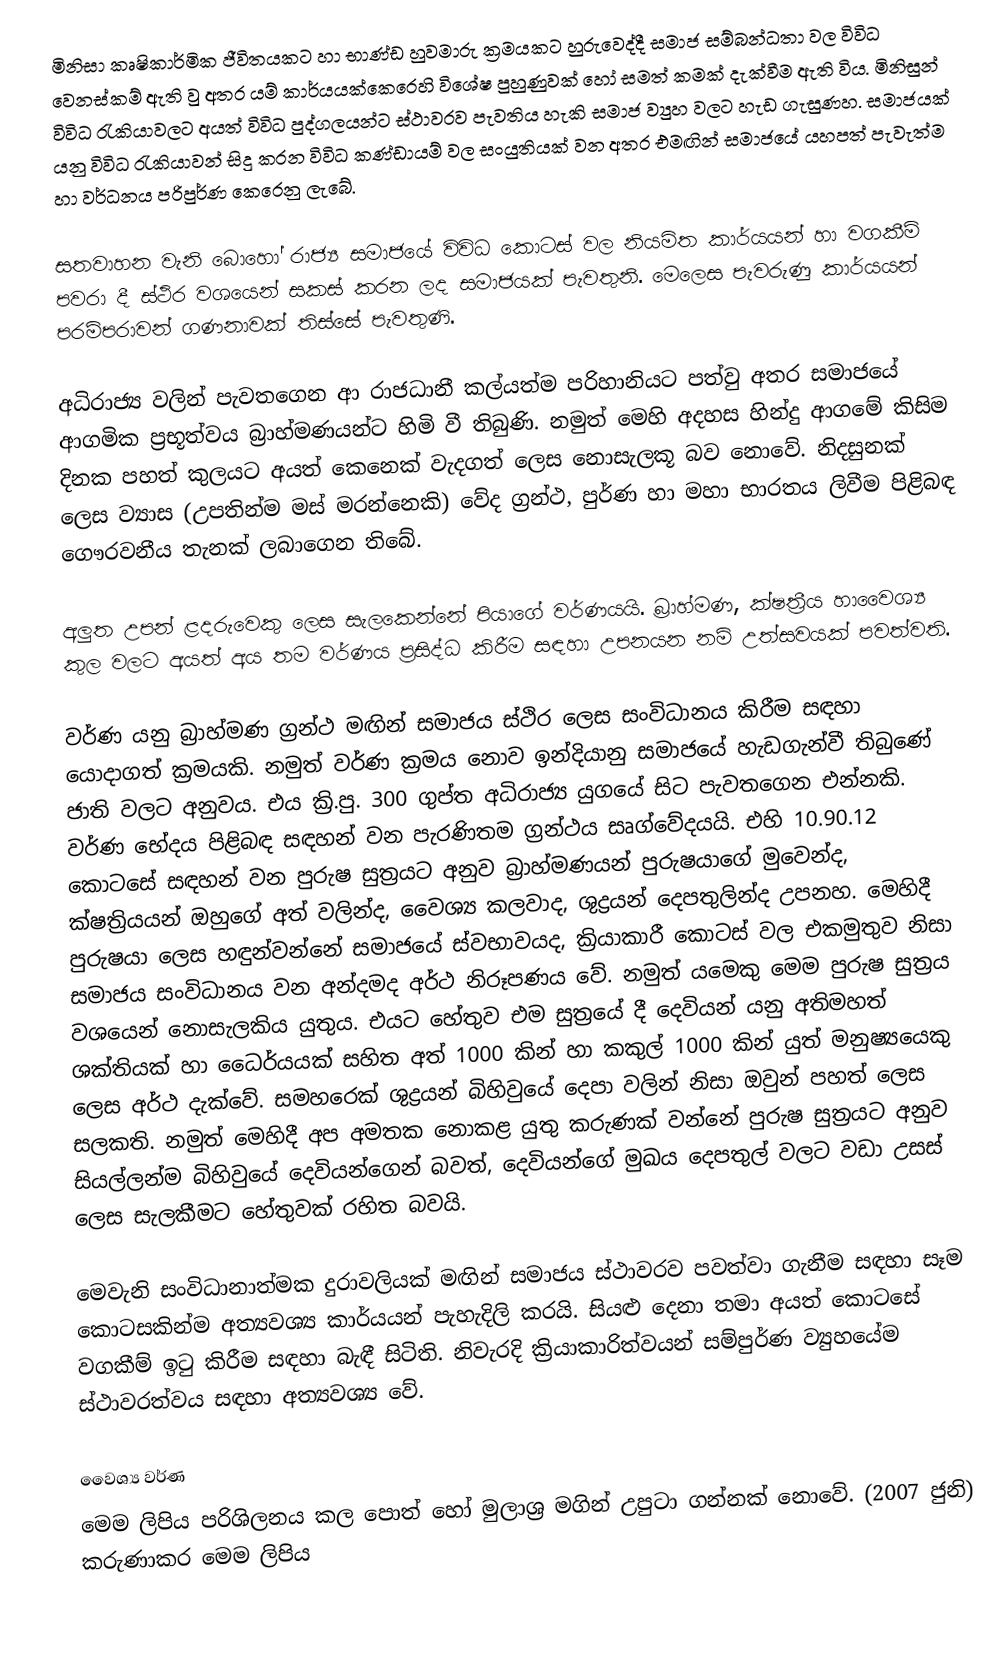
මිනිසා කෘෂිකාර්මික ජීවිතයකට හා භාණ්ඩ හුවමාරු ක්‍රමයකට හුරුවෙද්දී සමාජ සම්බන්ධතා වල විවිධ වෙනස්කම් ඇති වු අතර යම් කාර්යයක්‍කෙරෙහි විශේෂ පුහුණුවක් හෝ සමත් කමක් දැක්වීම ඇති විය. මිනිසුන් විවිධ රැකියාවලට අයත් විවිධ පුද්ගලයන්ට ස්ථාවරව පැවතිය හැකි සමාජ ව්‍යුහ වලට හැඩ ගැසුණහ. සමාජයක් යනු විවිධ රැකියාවන් සිදු කරන විවිධ කණ්ඩායම් වල සංයුතියක් වන අතර එමඟින් සමාජයේ යහපත් පැවැත්ම හා වර්ධනය පරිපුර්ණ කෙරෙනු ලැබේ.

සතවාහන වැනි බොහෝ රාජ්‍ය සමාජයේ විවිධ කොටස් වල නියමිත කාර්යයන් හා වගකීම් පවරා දී ස්ථිර වශයෙන් සකස් කරන ලද සමාජයක් පැවතුනි. මෙලෙස පැවරුණු කාර්යයන් පරම්පරාවන් ගණනාවක් තිස්සේ පැවතුණි.

අධිරාජ්‍ය වලින් පැවතගෙන ආ රාජධානී කල්යත්ම පරිහානියට පත්වු අතර සමාජයේ ආගමික ප්‍රභූත්වය බ්‍රාහ්මණයන්ට හිමි වී තිබුණි. නමුත් මෙහි අදහස හින්දු ආගමේ කිසිම දිනක පහත් කුලයට අයත් කෙනෙක් වැදගත් ලෙස නොසැලකූ බව නොවේ. නිදසුනක් ලෙස ව්‍යාස (උපතින්ම මස් මරන්නෙකි) වේද ග්‍රන්ථ, පුර්ණ හා මහා භාරතය ලිවීම පිළිබඳ ගෞරවනීය තැනක් ලබාගෙන තිබේ.

අලුත උපන් ළදරුවෙකු ලෙස සැලකෙන්නේ පියාගේ වර්ණයයි. බ්‍රාහ්මණ, ක්ෂත්‍රීය හා‍වෛශ්‍ය කුල වලට අයත් අය තම වර්ණය ප්‍රසිද්ධ කිරීම සඳහා උපනයන නම් උත්සවයක් පවත්වති.

වර්ණ යනු බ්‍රාහ්මණ ග්‍රන්ථ මඟින් සමාජය ස්ථිර ලෙස සංවිධානය කිරීම සඳහා යොදාගත් ක්‍රමයකි.  නමුත් වර්ණ ක්‍රමය නොව ඉන්දියානු සමාජයේ හැඩගැන්වී තිබුණේ ජාති වලට අනුවය. එය ක්‍රි.පු. 300 ගුප්ත අධිරාජ්‍ය යු‍ගයේ සිට පැවතගෙන එන්නකි. වර්ණ භේදය පිළිබඳ සඳහන් වන පැරණිතම ග්‍රන්ථය සෘග්වේදයයි. එහි 10.90.12 කොටසේ සඳහන් වන පුරුෂ සුත්‍රයට අනුව බ්‍රාහ්මණයන් පුරුෂයාගේ මුවෙන්ද, ක්ෂත්‍රියයන් ඔහුගේ අත් වලින්ද, වෛශ්‍ය කලවාද, ශුද්‍රයන් දෙපතුලින්ද උපනහ. මෙහිදී පුරුෂයා ලෙස හඳුන්වන්නේ සමාජයේ ස්වභාවයද, ක්‍රියාකාරී කොටස් වල එකමුතුව නිසා සමාජය සංවිධානය වන අන්දමද අර්ථ නිරූපණය වේ. නමුත් යමෙකු මෙම පුරුෂ සුත්‍රය වශයෙන් නොසැලකිය යුතුය. එයට හේතුව එම සුත්‍රයේ දී දෙවියන් යනු අතිමහත් ශක්තියක් හා ධෛර්යයක් සහිත අත් 1000 කින් හා කකුල් 1000 කින් යුත් මනුෂ්‍යයෙකු ලෙස අර්ථ දැක්වේ. සමහරෙක් ශුද්‍රයන් බිහිවුයේ දෙපා වලින් නිසා ඔවුන් පහත් ලෙස සලකති. නමුත් මෙහිදී අප අමතක නොකළ යුතු කරුණක් වන්නේ පුරුෂ සුත්‍රයට අනුව සියල්ලන්ම බිහිවුයේ දෙවියන්ගෙන් බවත්, දෙවියන්ගේ මුඛය දෙපතුල් වලට වඩා උසස් ලෙස සැලකීමට හේතුවක් රහිත බවයි.

මෙවැනි සංවිධානාත්මක දුරාවලියක් මඟින් සමාජය ස්ථාවරව පවත්වා ගැනීම සඳහා සෑම කොටසකින්ම අත්‍යවශ්‍ය කාර්යයන් පැහැදිලි කරයි. සියළු දෙනා තමා අයත් කොටසේ වගකීම් ඉටු කිරීම සඳහා බැඳී සිටිති. නිවැරදි ක්‍රියාකාරිත්වයන් සම්පුර්ණ ව්‍යුහයේම ස්ථාවරත්වය සඳහා අත්‍යවශ්‍ය වේ.

වෛශ්‍ය වර්ණ
මෙම ලිපිය පරිශිලනය කල පොත් හෝ මුලාශ්‍ර මගින් උපුටා ගන්නක් නොවේ. (2007 ජුනි) කරුණාකර මෙම ලිපිය